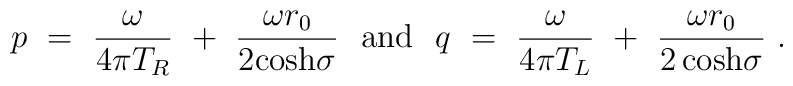
p~=~{\omega \over 4 \pi T_{R}}~+~{\omega r_{0} \over 2 {\cosh}\sigma}~~{\mbox {and}}~~q~=~{\omega \over 4 \pi T_{L}}~+~{\omega r_{0} \over{2\cosh} \sigma}~.